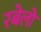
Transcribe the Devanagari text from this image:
रबेलो